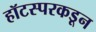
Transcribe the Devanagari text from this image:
हॉटस्परकडून